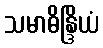
သမာဓိန္ဒြိယံ